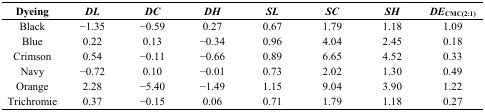
<table><thead><tr><td><b>Dyeing</b></td><td><b><i>DL</i></b></td><td><b><i>DC</i></b></td><td><b><i>DH</i></b></td><td><b><i>SL</i></b></td><td><b><i>SC</i></b></td><td><b><i>SH</i></b></td><td><b><i>DE</i><sub>CMC(2:1)</sub></b></td></tr></thead><tbody><tr><td>Black</td><td>−1.35</td><td>−0.59</td><td>0.27</td><td>0.67</td><td>1.79</td><td>1.18</td><td>1.09</td></tr><tr><td>Blue</td><td>0.22</td><td>0.13</td><td>−0.34</td><td>0.96</td><td>4.04</td><td>2.45</td><td>0.18</td></tr><tr><td>Crimson</td><td>0.54</td><td>−0.11</td><td>−0.66</td><td>0.89</td><td>6.65</td><td>4.52</td><td>0.33</td></tr><tr><td>Navy</td><td>−0.72</td><td>0.10</td><td>−0.01</td><td>0.73</td><td>2.02</td><td>1.30</td><td>0.49</td></tr><tr><td>Orange</td><td>2.28</td><td>−5.40</td><td>−1.49</td><td>1.15</td><td>9.04</td><td>3.90</td><td>1.22</td></tr><tr><td>Trichromie</td><td>0.37</td><td>−0.15</td><td>0.06</td><td>0.71</td><td>1.79</td><td>1.18</td><td>0.27</td></tr></tbody></table>